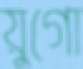
য়ুগো